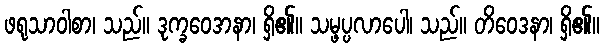
ဖရုသာဝါစာ၊ သည်။ ဒုက္ခဝေဒာနာ၊ ရှိ၏။ သမ္ဖပ္ပလာပေါ၊ သည်။ တိဝေဒနာ၊ ရှိ၏။